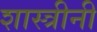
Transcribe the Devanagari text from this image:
शास्त्रीनी